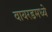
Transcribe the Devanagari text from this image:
वायरडमध्ये